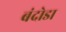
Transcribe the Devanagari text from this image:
बंदोडा